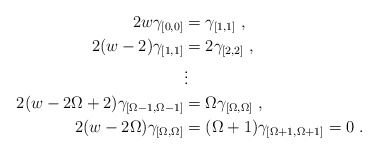
\begin{align*} 2w \gamma_{[0,0]} &= \gamma_{[1,1]}\;, \\ 2(w-2) \gamma_{[1,1]} &= 2 \gamma_{[2,2]}\;, \\ & \vdots \\2(w-2 \Omega+2) \gamma_{[\Omega-1,\Omega-1]} &= \Omega \gamma_{[\Omega,\Omega]}\;, \\ 2(w-2\Omega) \gamma_{[\Omega,\Omega]} &= (\Omega+1) \gamma_{[\Omega+1,\Omega+1]} = 0 \;. \end{align*}